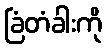
ခြံတံခါးကို